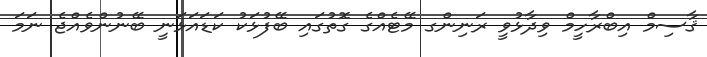
ޤާސިމް އިބްރާހީމް ވިދާޅުވީ ރަނިންގ މޭޓެއްގެ ގޮތުގައި ބޭފުޅަކު ކަޑައަޅަނީ ބޭނުންވެއްޖެ ނަމަ